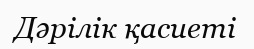
Дәрілік қасиеті